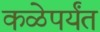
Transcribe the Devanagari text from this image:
कळेपर्यंत